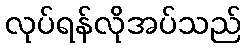
လုပ်ရန်လိုအပ်သည်